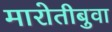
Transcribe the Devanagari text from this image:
मारोतीबुवा